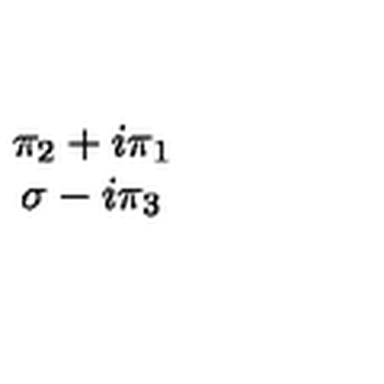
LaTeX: \begin{array} { c } { \pi _ { 2 } + i \pi _ { 1 } } \\ { \sigma - i \pi _ { 3 } } \\ \end{array}